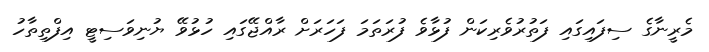
މެރީނާގެ ސިފައިގައި ފަތުރުވެރިކަން ފުޅާވެ ފުރަތަމަ ފަހަރަށް ރާއްޖޭގައި ހުޅުވޭ ޔުނިވަސިޓީ އިފްތިތާހު